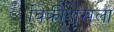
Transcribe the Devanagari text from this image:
विक्रीशृंखला